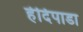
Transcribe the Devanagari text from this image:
हेदिपाडा